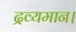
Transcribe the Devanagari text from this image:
द्रव्यमान।